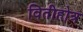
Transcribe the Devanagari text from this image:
वितीहोत्र